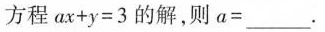
方程 $$a x + y = 3$$ 的解，则 $$a =$$___.